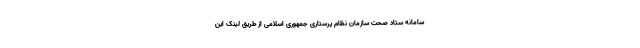
سامانه ستاد صحت سازمان نظام پرستاری جمهوری اسلامی از طریق لینک این